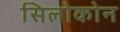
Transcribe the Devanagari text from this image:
सिलोकोन